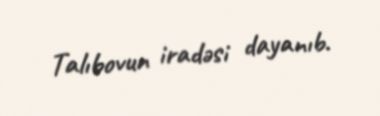
Talıbovun iradəsi dayanıb.